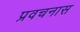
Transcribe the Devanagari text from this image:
प्रवचनास